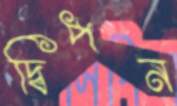
দ্বিপন